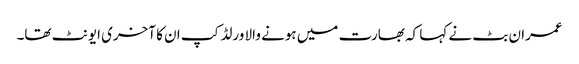
عمران بٹ نے کہا کہ بھارت میں ہونے والا ورلڈ کپ ان کا آخری ایونٹ تھا۔